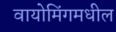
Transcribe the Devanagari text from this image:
वायोमिंगमधील